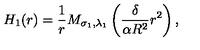
H _ { 1 } ( r ) = \frac { 1 } { r } M _ { \sigma _ { 1 } , \lambda _ { 1 } } \left( \frac { \delta } { \alpha R ^ { 2 } } r ^ { 2 } \right) ,